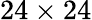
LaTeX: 24\times 24